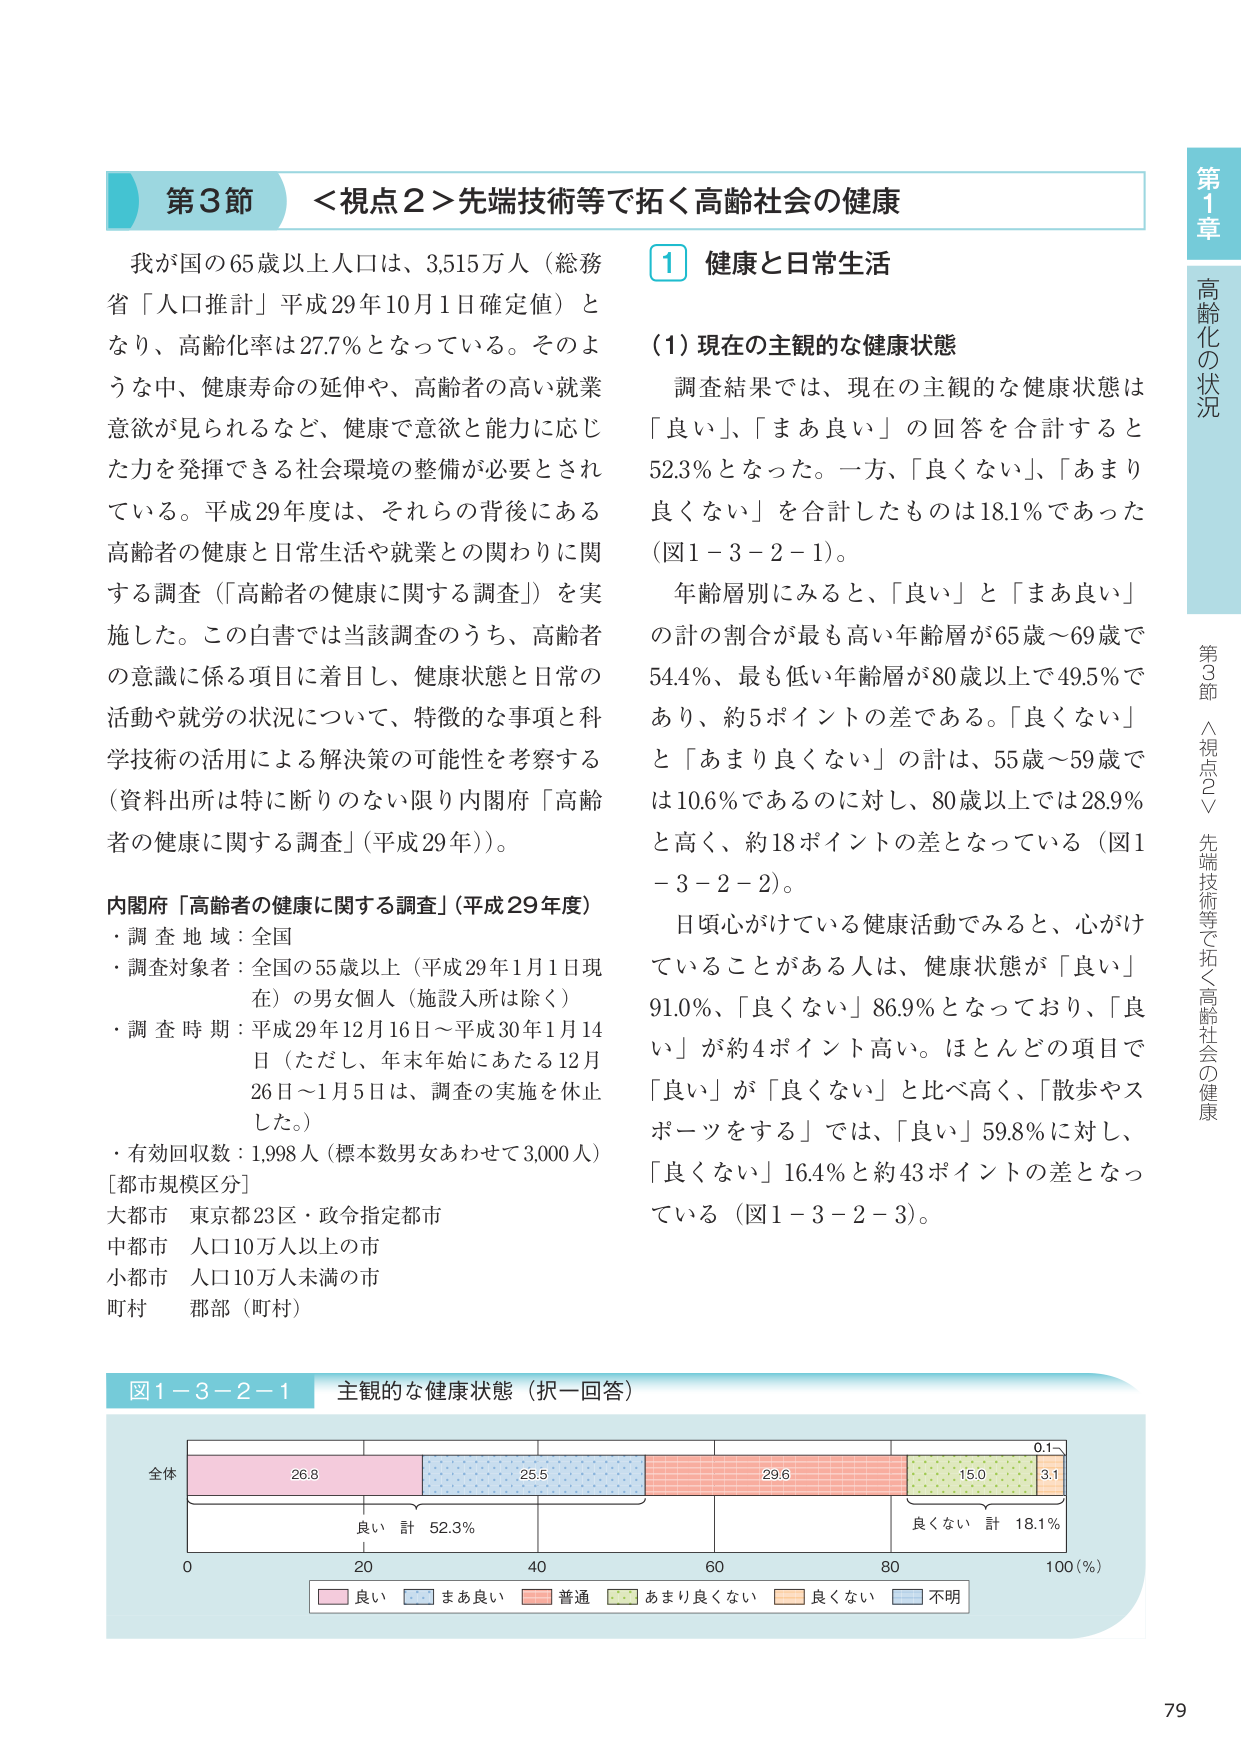
第3節 ＜視点2＞先端技術等で拓く高齢社会の健康

我が国の65歳以上人口は、3,515万人（総務省「人口推計」平成29年10月1日確定値）となり、高齢化率は27.7％となっている。そのような中、健康寿命の延伸や、高齢者の高い就業意欲が見られるなど、健康で意欲と能力に応じた力を発揮できる社会環境の整備が必要とされている。平成29年度は、それらの背後にある高齢者の健康と日常生活や就業との関わりに関する調査（「高齢者の健康に関する調査」）を実施した。この白書では当該調査のうち、高齢者の意識に係る項目に着目し、健康状態と日常の活動や就労の状況について、特徴的な事項と科学技術の活用による解決策の可能性を考察する（資料出所は特に断りのない限り内閣府「高齢者の健康に関する調査」（平成29年））。

内閣府「高齢者の健康に関する調査」（平成29年度）
・調査地域：全国
・調査対象者：全国の55歳以上（平成29年1月1日現在）の男女個人（施設入所は除く）
・調査時期：平成29年12月16日～平成30年1月14日（ただし、年末年始にあたる12月26日～1月5日は、調査の実施を休止した。）
・有効回収数：1,998人（標本数男女あわせて3,000人）
[都市規模区分]
大都市 東京都23区・政令指定都市
中都市 人口10万人以上の市
小都市 人口10万人未満の市
町村 郡部（町村）

1 健康と日常生活

（1）現在の主観的な健康状態

調査結果では、現在の主観的な健康状態は「良い」、「まあ良い」の回答を合計すると52.3％となった。一方、「良くない」、「あまり良くない」を合計したものは18.1％であった（図1－3－2－1）。

年齢層別にみると、「良い」と「まあ良い」の計の割合が最も高い年齢層が65歳～69歳で54.4％、最も低い年齢層が80歳以上で49.5％であり、約5ポイントの差である。「良くない」と「あまり良くない」の計は、55歳～59歳では10.6％であるのに対し、80歳以上では28.9％と高く、約18ポイントの差となっている（図1－3－2－2）。

日頃心がけている健康活動でみると、心がけていることがある人は、健康状態が「良い」91.0％、「良くない」86.9％となっており、「良い」が約4ポイント高い。ほとんどの項目で「良い」が「良くない」と比べ高く、「散歩やスポーツをする」では、「良い」59.8％に対し、「良くない」16.4％と約43ポイントの差となっている（図1－3－2－3）。

図1－3－2－1 主観的な健康状態（択一回答）

全体
26.8 25.5 29.6 15.0 3.1
良い 計 52.3％
良くない 計 18.1％
0 20 40 60 80 100（％）
良い まあ良い 普通 あまり良くない 良くない 不明

第1章 高齢化の状況
第3節 ＜視点2＞先端技術等で拓く高齢社会の健康

79